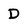
Character: D